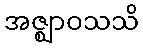
အဇ္ဈာဝသသိ